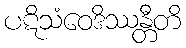
ပဋိသံဝေဒိဿန္တီတိ